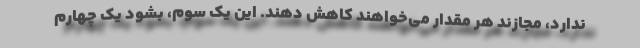
ندارد، مجازند هر مقدار می‌خواهند کاهش دهند. این یک سوم، بشود یک چهارم